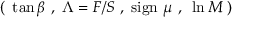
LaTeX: ( ~ \tan \beta ~ , ~ \Lambda = F / S ~ , ~ \mathrm { s i g n } ~ \mu ~ , ~ \ln M ~ )